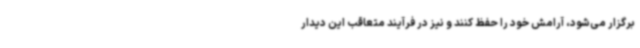
برگزار می‌شود، آرامش خود را حفظ کنند و نیز در فرآیند متعاقب این دیدار